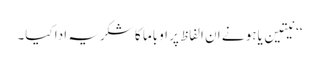
‘‘ نیتین یاہو نے ان الفاظ پر اوباما کا شکریہ ادا کیا۔